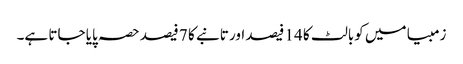
زمبیا میں کوبالٹ کا 14 فیصد اور تانبے کا 7 فیصد حصہ پایا جاتا ہے۔